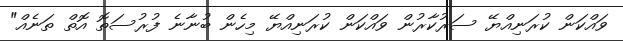
ވައްކަން ކުރަނިއްޔޭ ސަރުކާރުން ވައްކަން ކުރަނިއްޔޭ މިހެން ބުނާނެ ފުރުސަތޮ އޮތް ތަނެއް"